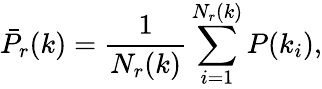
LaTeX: \bar{P}_{r}(k)=\frac{1}{N_{r}(k)}\sum_{i=1}^{N_{r}(k)}P(k_{i}),